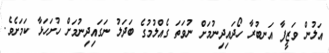
އަލުން ވަޒީފާ އަނބުރާ ހޯދައިދިނުމަށް ނުވަތަ ގެއްލުމުގެ ބަދަލު ނަގައިދިނުމަށް ހުށަހަޅާ ކަމަށެވެ.